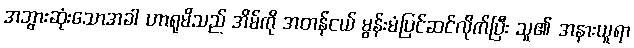
အဘွားဆုံးသောအခါ ဟာရုမိသည် အိမ်ကို အတန်ငယ် မွန်းမံပြင်ဆင်လိုက်ပြီး သူ၏ အနားယူရာ